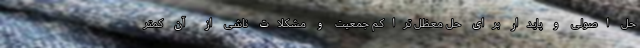
حل اصولی و پایدار برای حل معظل تراکم جمعیت و مشکلات ناشی از آن کمتر